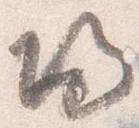
帰